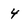
Character: 4